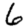
Digit: 6